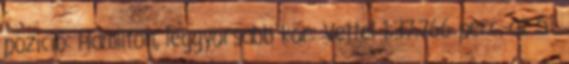
pozíció: Hamilton, leggyorsabb kör: Vettel 1:37.766 perc, az 51.